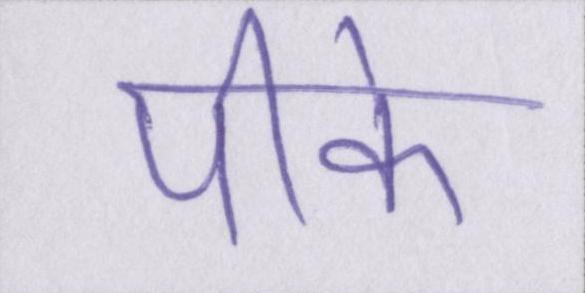
पीके